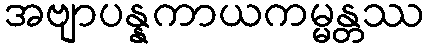
အဗျာပန္နကာယကမ္မန္တဿ